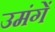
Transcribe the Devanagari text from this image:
उमंगें